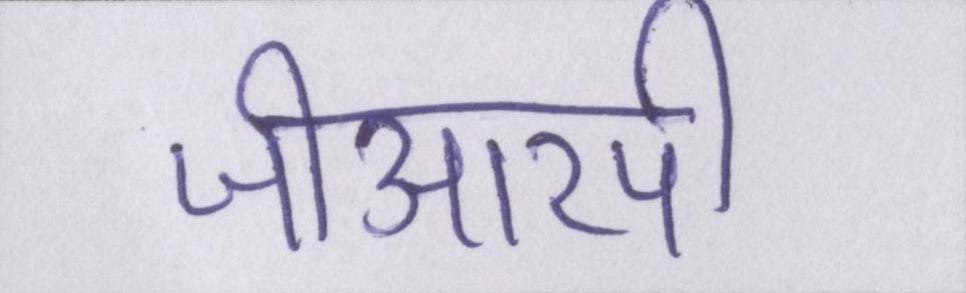
जीआरपी